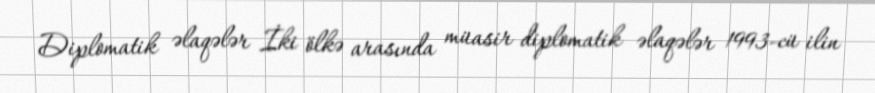
Diplomatik əlaqələr İki ölkə arasında müasir diplomatik əlaqələr 1993-cü ilin